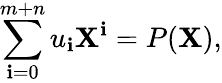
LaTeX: \sum_{\mathbf{i}=0}^{m+n}u_{\mathbf{i}}\mathbf{X}^{\mathbf{i}}=P(\mathbf{X}),